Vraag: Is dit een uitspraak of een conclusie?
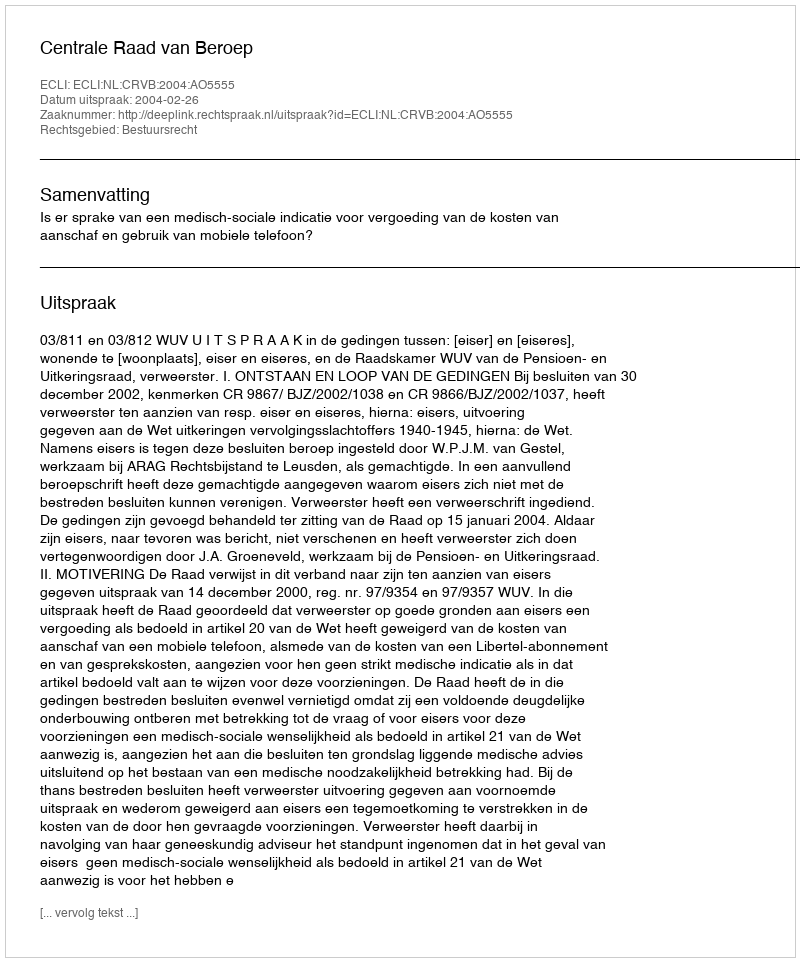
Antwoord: Uitspraak